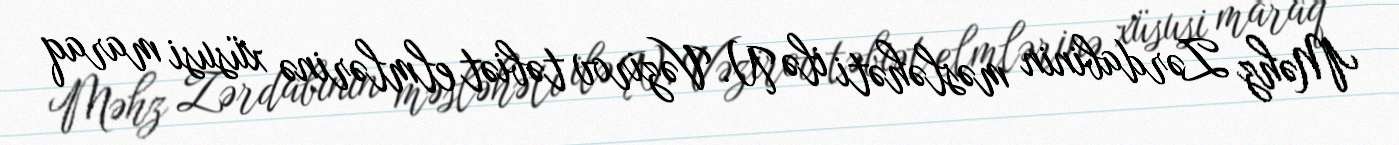
Məhz Zərdabinin məsləhəti ilə N. Vəzirov təbiət elmlərinə xüsusi maraq